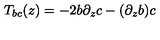
T _ { b c } ( z ) = - 2 b \partial _ { z } c - ( \partial _ { z } b ) c